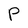
Character: P